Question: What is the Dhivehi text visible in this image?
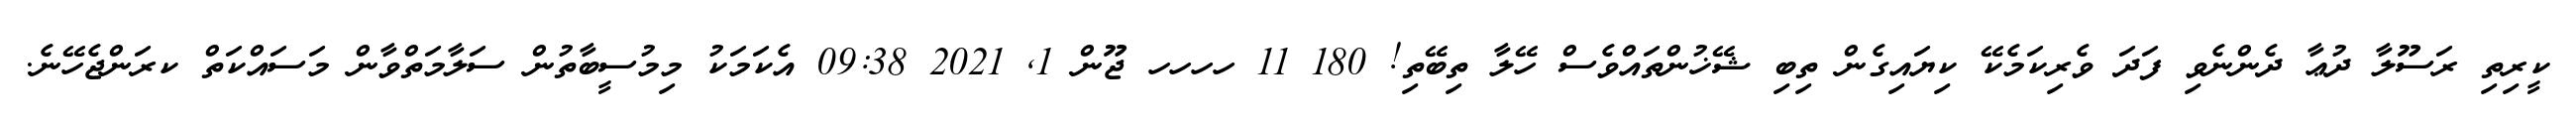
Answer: ކީރިތި ރަސޫލާ ދުޢާ ދެންނެވި ފަދަ ވެރިކަމެކޭ ކިޔައިގެން ތިބި ޝޭޚުންތައްވެސް ހޭލާ ތިބޭތި! 180 11 ހހހހ ޖޫން 1, 2021 09:38 އެކަމަކު މިމުސީބާތުން ސަލާމަތްވާން މަސައްކަތް ކރަންޖެހޭނެ.